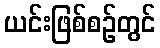
ယင်းဖြစ်စဉ်တွင်